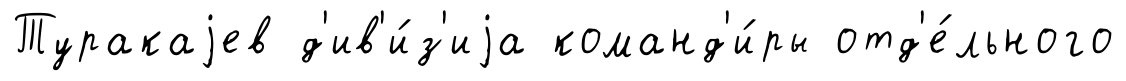
Туракаjев д'ив'и́з'иjа команд'и́ры отд'е́льного